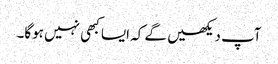
آپ دیکھیں گے کہ ایسا کبھی نہیں ہوگا۔